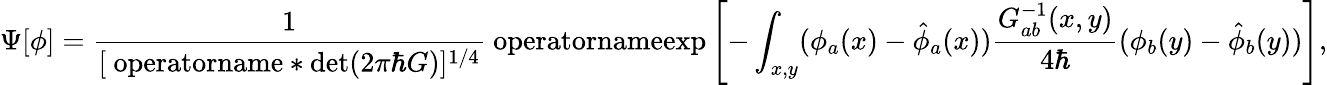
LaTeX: \Psi[\phi]=\frac{{1}}{[\mathrm{\ operatorname*{det}}(2\pi\hbar G)]^{1/4}}\mathrm{\ operatorname{exp}}\left[-\int_{x,y}(\phi_{a}(x)-{\hat{\phi}}_{a}(x))\frac{{G_{ab}^{-1}(x,y)}}{4\hbar}(\phi_{b}(y)-{\hat{\phi}}_{b}(y))\right],